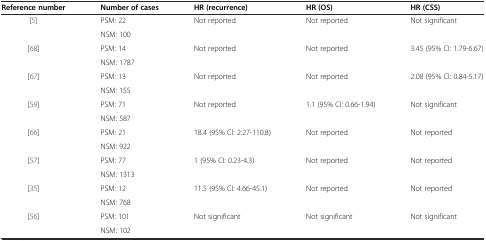
| Reference number | Number of cases | HR (recurrence) | HR (OS) | HR (CSS) |
 | --- | --- | --- | --- | --- |
 | <ROWSPAN=2> [5] | PSM: 22 | <ROWSPAN=2> Not reported | <ROWSPAN=2> Not reported | <ROWSPAN=2> Not significant |
 | NSM: 100 |
 | <ROWSPAN=2> [68] | PSM: 14 | <ROWSPAN=2> Not reported | <ROWSPAN=2> Not reported | 3.45 (95% CI: 1.79-6.67) |
 | NSM: 1787 |  |
 | <ROWSPAN=2> [67] | PSM: 13 | <ROWSPAN=2> Not reported | <ROWSPAN=2> Not reported | 2.08 (95% CI: 0.84-5.17) |
 | NSM: 155 |  |
 | <ROWSPAN=2> [59] | PSM: 71 | <ROWSPAN=2> Not reported | 1.1 (95% CI: 0.66-1.94) | <ROWSPAN=2> Not significant |
 | NSM: 587 |  |
 | <ROWSPAN=2> [66] | PSM: 21 | 18.4 (95% CI: 2.27-110.8) | <ROWSPAN=2> Not reported | <ROWSPAN=2> Not reported |
 | NSM: 922 |  |
 | <ROWSPAN=2> [57] | PSM: 77 | 1 (95% CI: 0.23-4.3) | <ROWSPAN=2> Not reported | <ROWSPAN=2> Not reported |
 | NSM: 1313 |  |
 | <ROWSPAN=2> [35] | PSM: 12 | 11.5 (95% CI: 4.66-45.1) | <ROWSPAN=2> Not reported | <ROWSPAN=2> Not reported |
 | NSM: 768 |  |
 | [56] | PSM: 101 | Not significant | Not significant | Not significant |
 |  | NSM: 102 |  |  |  |